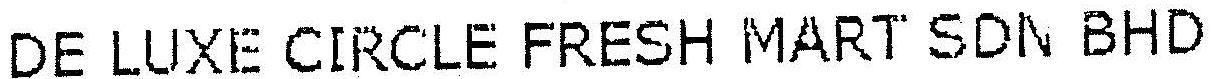
DE LUXE CIRCLE FRESH MART SDN BHD